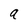
Character: a